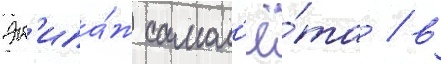
Эк'ипа́ж самол'ё́та / в